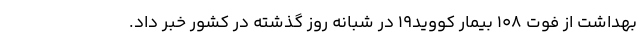
بهداشت از فوت ۱۰۸ بیمار کووید۱۹ در شبانه روز گذشته در کشور خبر داد.